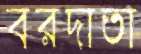
বরদাতা